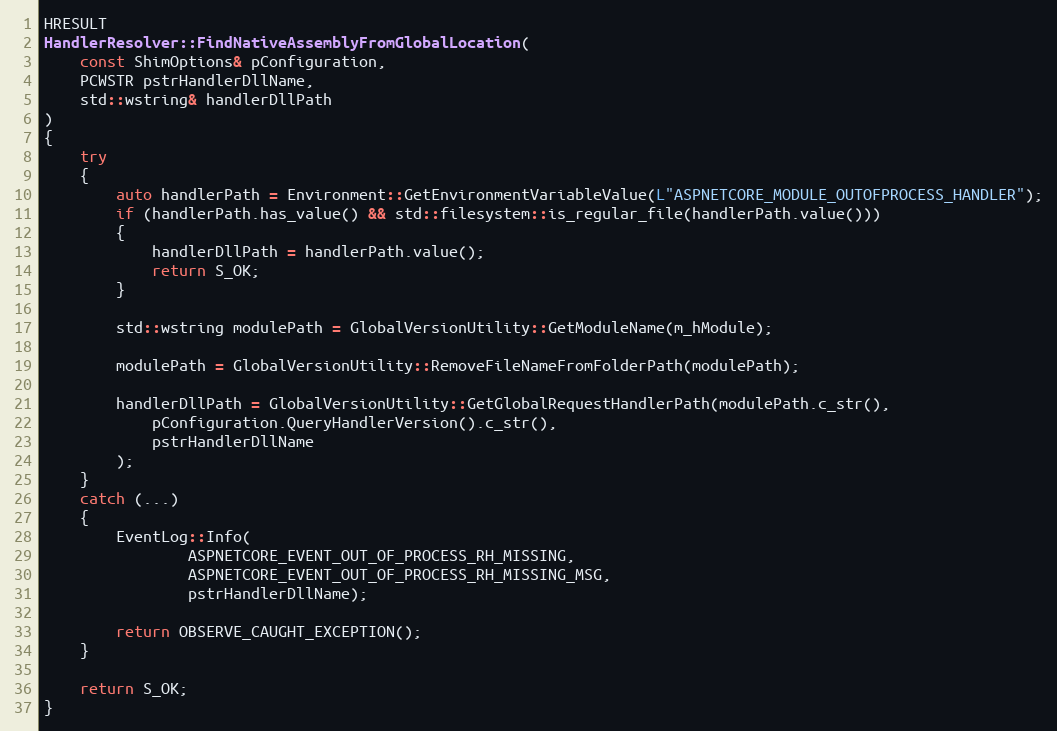
Language: C++
HRESULT
HandlerResolver::FindNativeAssemblyFromGlobalLocation(
    const ShimOptions& pConfiguration,
    PCWSTR pstrHandlerDllName,
    std::wstring& handlerDllPath
)
{
    try
    {
        auto handlerPath = Environment::GetEnvironmentVariableValue(L"ASPNETCORE_MODULE_OUTOFPROCESS_HANDLER");
        if (handlerPath.has_value() && std::filesystem::is_regular_file(handlerPath.value()))
        {
            handlerDllPath = handlerPath.value();
            return S_OK;
        }

        std::wstring modulePath = GlobalVersionUtility::GetModuleName(m_hModule);

        modulePath = GlobalVersionUtility::RemoveFileNameFromFolderPath(modulePath);

        handlerDllPath = GlobalVersionUtility::GetGlobalRequestHandlerPath(modulePath.c_str(),
            pConfiguration.QueryHandlerVersion().c_str(),
            pstrHandlerDllName
        );
    }
    catch (...)
    {
        EventLog::Info(
                ASPNETCORE_EVENT_OUT_OF_PROCESS_RH_MISSING,
                ASPNETCORE_EVENT_OUT_OF_PROCESS_RH_MISSING_MSG,
                pstrHandlerDllName);

        return OBSERVE_CAUGHT_EXCEPTION();
    }

    return S_OK;
}